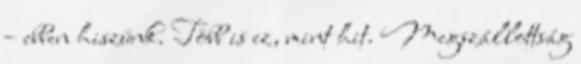
– ebben hiszünk. Több is ez, mint hit. Megszállottság